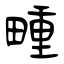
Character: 畽